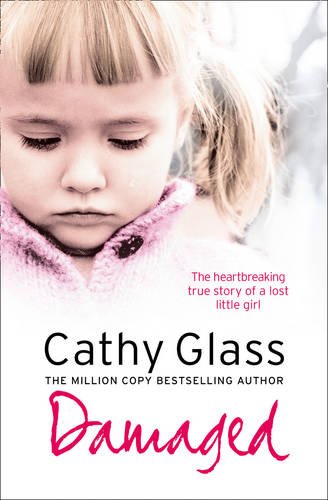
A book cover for Damaged: The Heartbreaking True Story of a Forgotten Child; Cathy Glass; Parenting & Relationships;